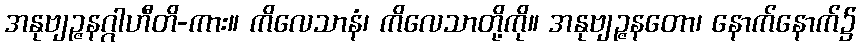
အနုဗျဉ္ဇနဂ္ဂါဟီတိ-ကား။ ကိလေသာနံ၊ ကိလေသာတို့ကို။ အနုဗျဉ္ဇနတော၊ နောက်နောက်၌